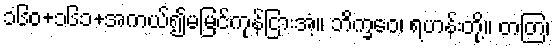
၁၆၀+၁၆၁+အကယ်၍မမြင်ကုန်ငြားအံ့။ ဘိက္ခဝေ၊ ရဟန်းတို့။ တတြ၊